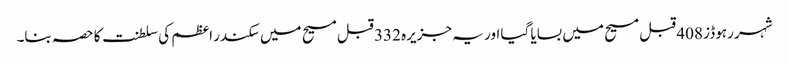
شہر رہوڈز 408 قبل مسیح میں بسایا گیا اور یہ جزیرہ 332 قبل مسیح میں سکندر اعظم کی سلطنت کا حصہ بنا۔